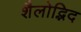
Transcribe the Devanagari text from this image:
शैलोद्भिद